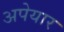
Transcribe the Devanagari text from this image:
अपेयार